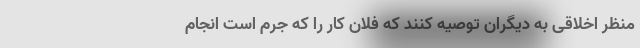
منظر اخلاقی به دیگران توصیه کنند که فلان کار را که جرم است انجام